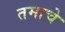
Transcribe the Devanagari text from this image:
तमाचे